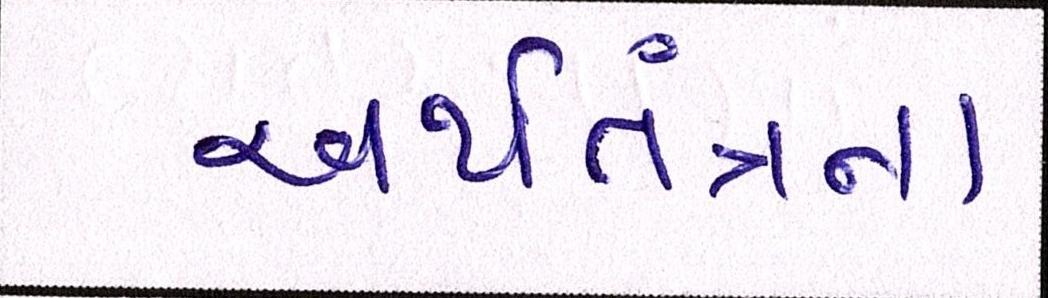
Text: અર્થતંત્રના